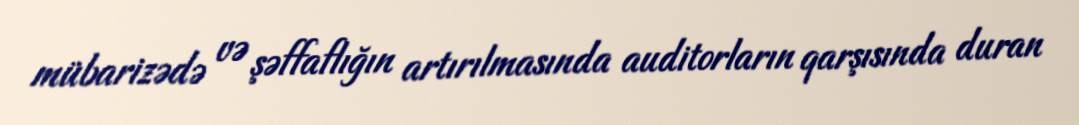
mübarizədə və şəffaflığın artırılmasında auditorların qarşısında duran